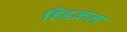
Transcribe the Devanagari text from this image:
हिडकल